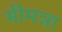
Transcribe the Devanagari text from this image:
भीमन्ना